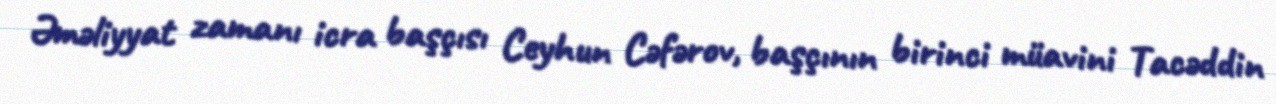
Əməliyyat zamanı icra başçısı Ceyhun Cəfərov, başçının birinci müavini Tacəddin